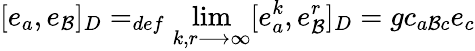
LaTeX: [e_{a},e_{\mathcal{B}}]_{D}=_{def}\operatorname*{lim}_{k,r\longrightarrow\infty}[e_{a}^{k},e_{\mathcal{B}}^{r}]_{D}=gc_{a\mathcal{B}c}e_{c}